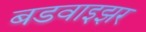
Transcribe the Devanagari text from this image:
बडवाइझर